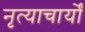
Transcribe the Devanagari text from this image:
नृत्याचार्यों